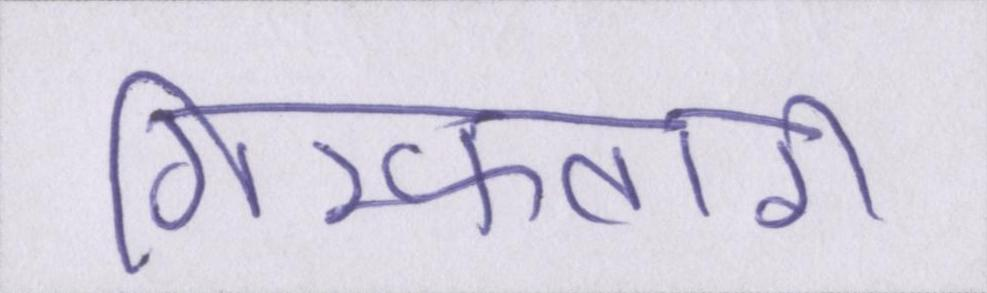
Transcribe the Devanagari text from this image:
गिरफ्तारी